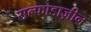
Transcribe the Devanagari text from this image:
सल्फाडाज़ीन